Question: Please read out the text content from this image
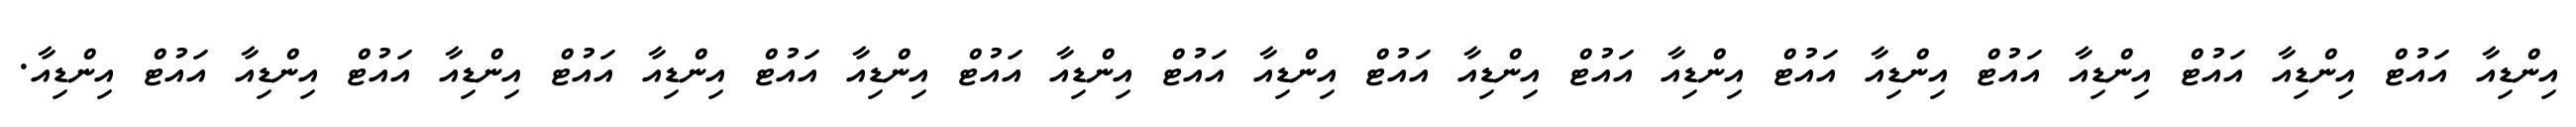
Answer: އިންޑިއާ އައުޓް އިންޑިއާ އައުޓް އިންޑިއާ އައުޓް އިންޑިއާ އައުޓް އިންޑިއާ އައުޓް އިންޑިއާ އައުޓް އިންޑިއާ އައުޓް އިންޑިއާ އައުޓް އިންޑިއާ އައުޓް އިންޑިއާ އައުޓް އިންޑިއާ އައުޓް އިންޑިއާ އައުޓް އިންޑިއާ.